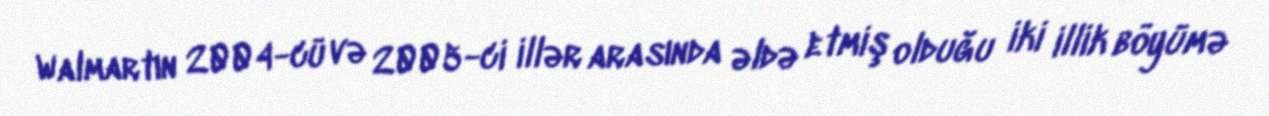
Walmartın 2004-cü və 2005-ci illər arasında əldə etmiş olduğu iki illik böyümə